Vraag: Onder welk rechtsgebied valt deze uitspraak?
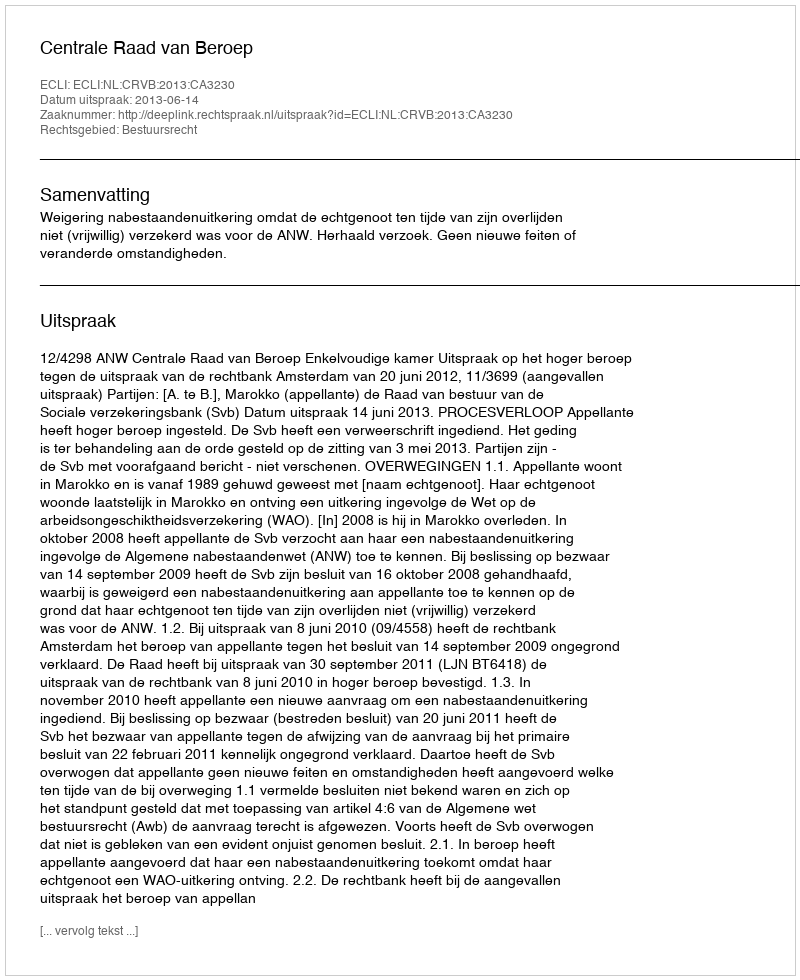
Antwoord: Bestuursrecht